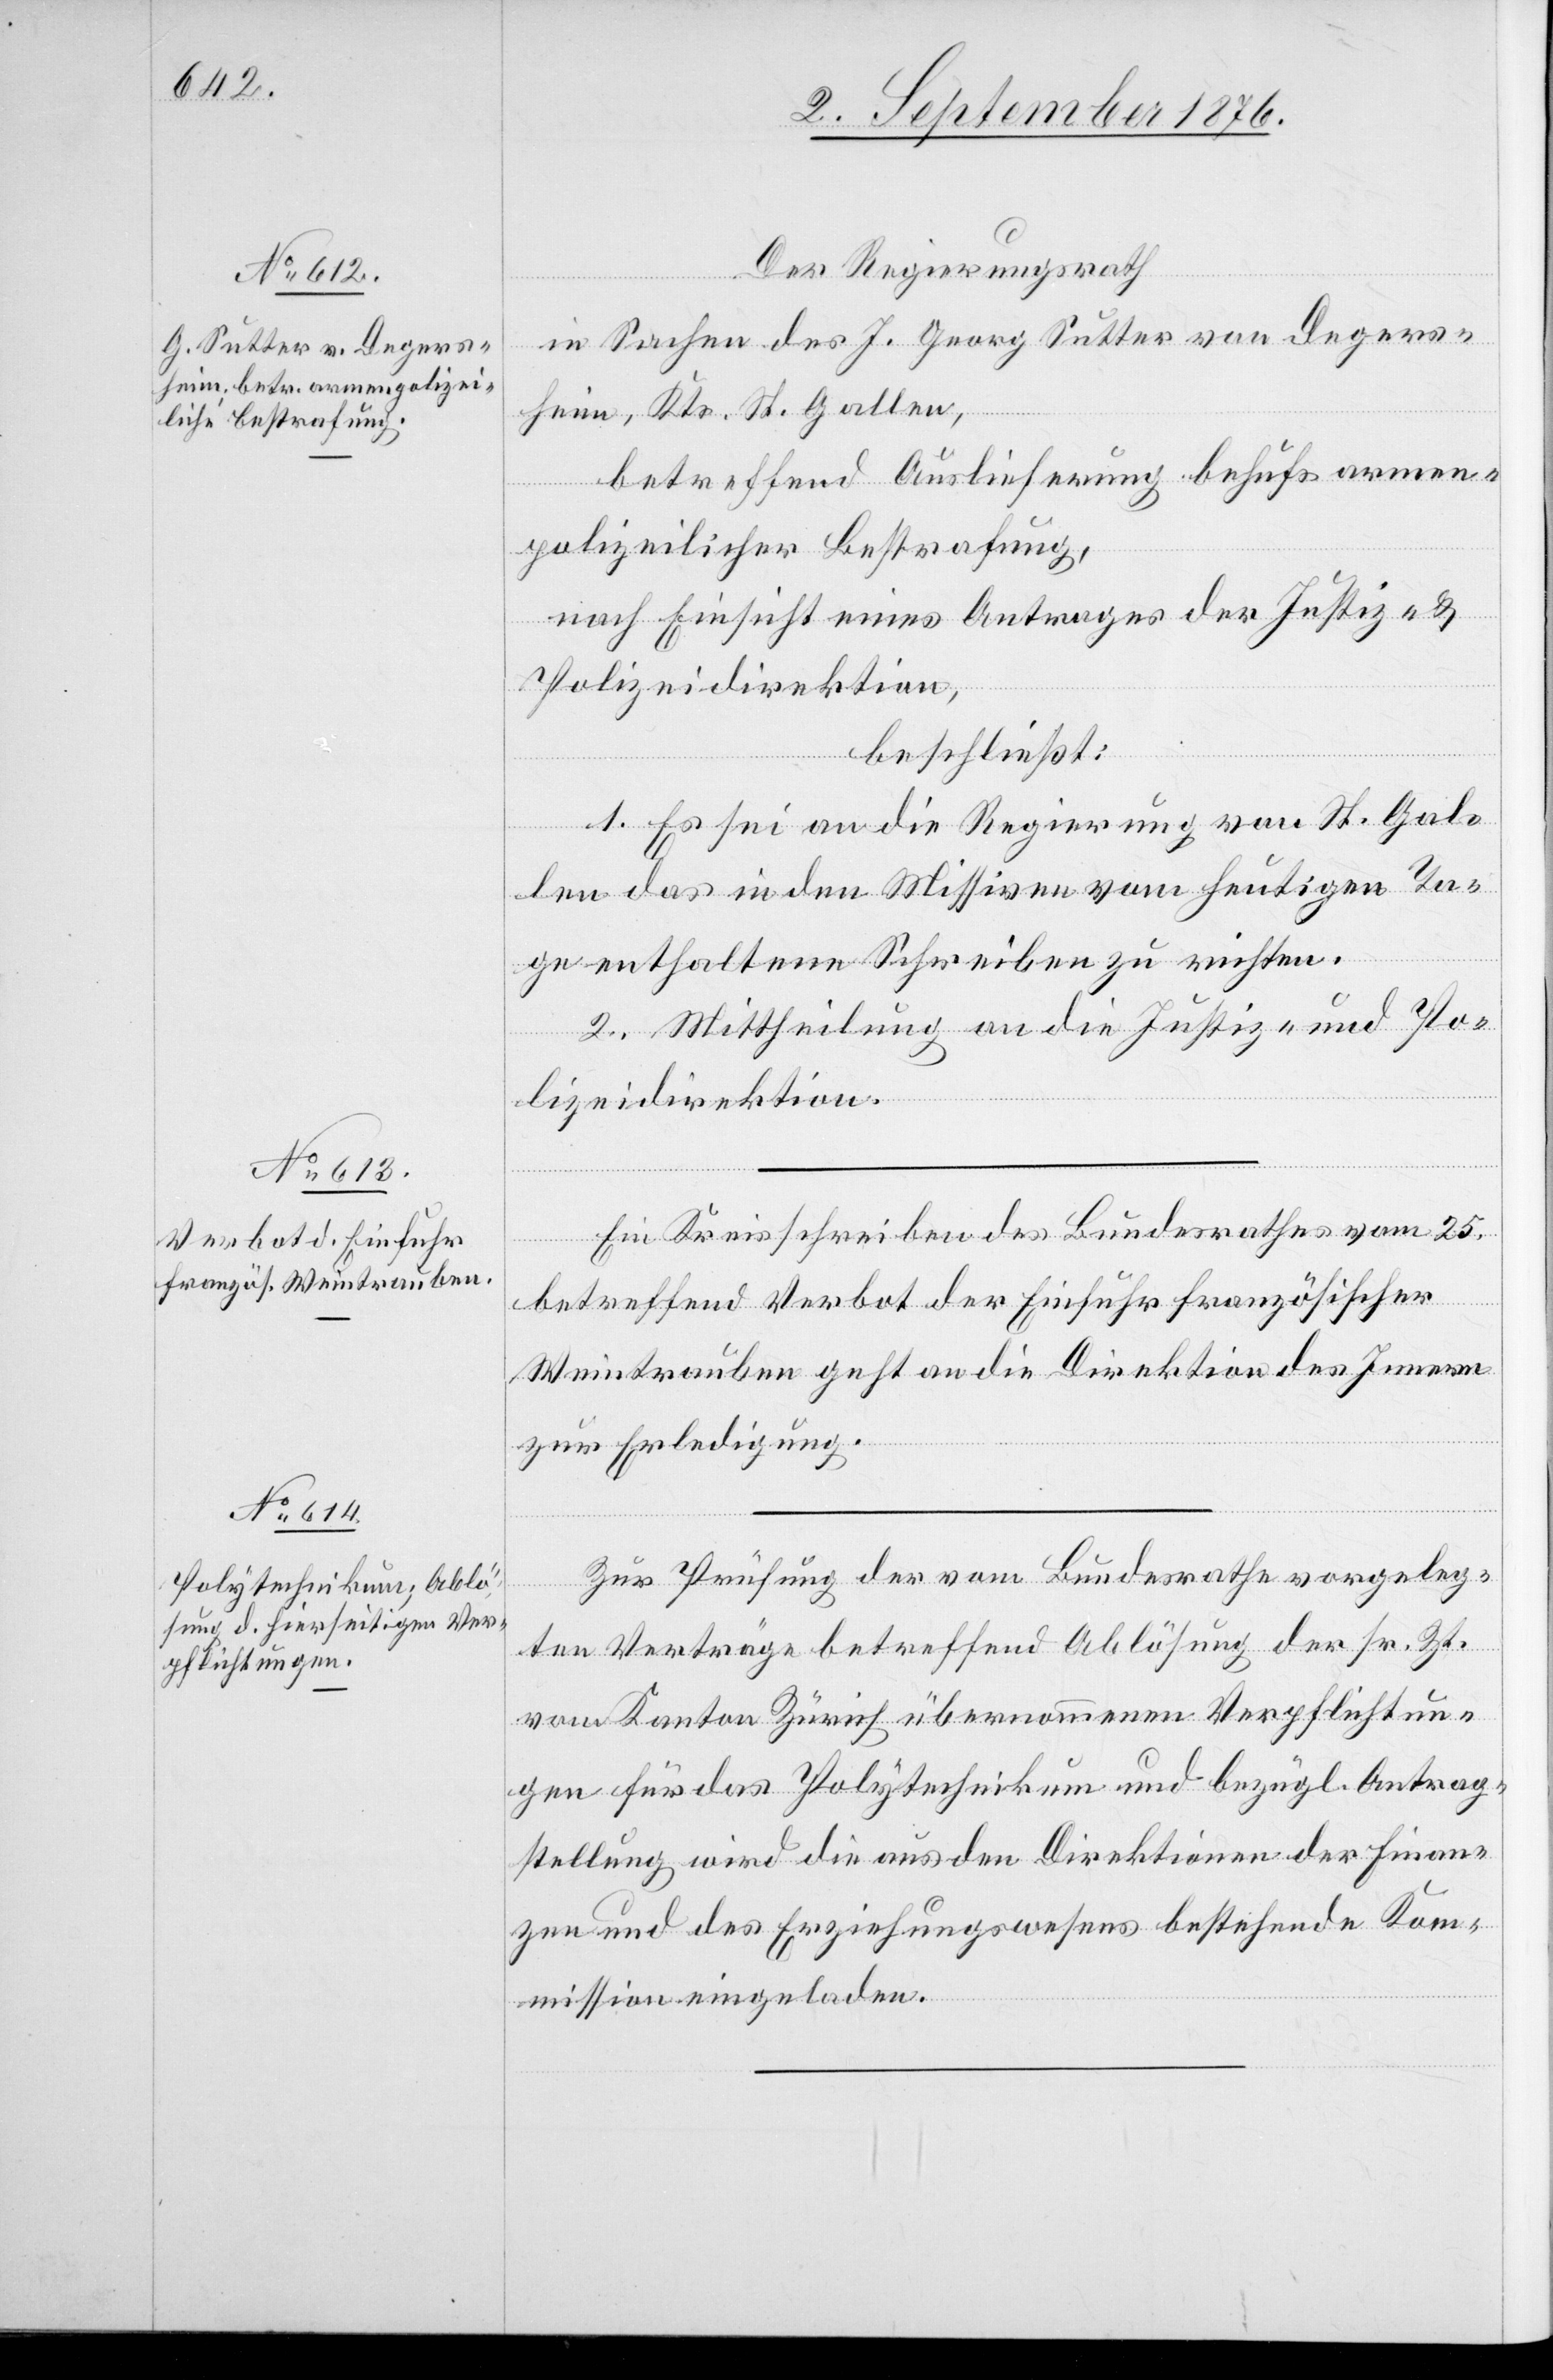
Der Regierungsrath
in Sachen des J. Georg Sutter von Degers¬
heim, Kts. St. Gallen,
betreffend Auslieferung behufs armen¬
polizeilicher Bestrafung,
nach Einsicht eines Antrages der Justiz- &
Polizeidirektion,
beschließt:
1. Es sei an die Regierung von St. Gal¬
len das in den Missiven vom heutigen Ta¬
ge enthaltene Schreiben zu richten.
2. Mittheilung an die Justiz- und Po¬
lizeidirektion.
Ein Kreisschreiben des Bundesrathes vom 25.
betreffend das Verbot der Einfuhr französischer
Weintrauben geht an die Direktion des Innern
zur Erledigung.
Zur Prüfung der vom Bundesrathe vorgeleg¬
ten Verträge betreffend Ablösung der sr. Zt.
vom Kanton Zürich übernommenen Verpflichtun¬
gen für das Polytechnikum und bezügl. Antrag¬
stellung wird die aus den Direktionen der Finan¬
zen und des Erziehungswesens bestehende Kom¬
mission eingeladen.